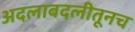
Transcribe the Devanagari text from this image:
अदलाबदलीतूनच